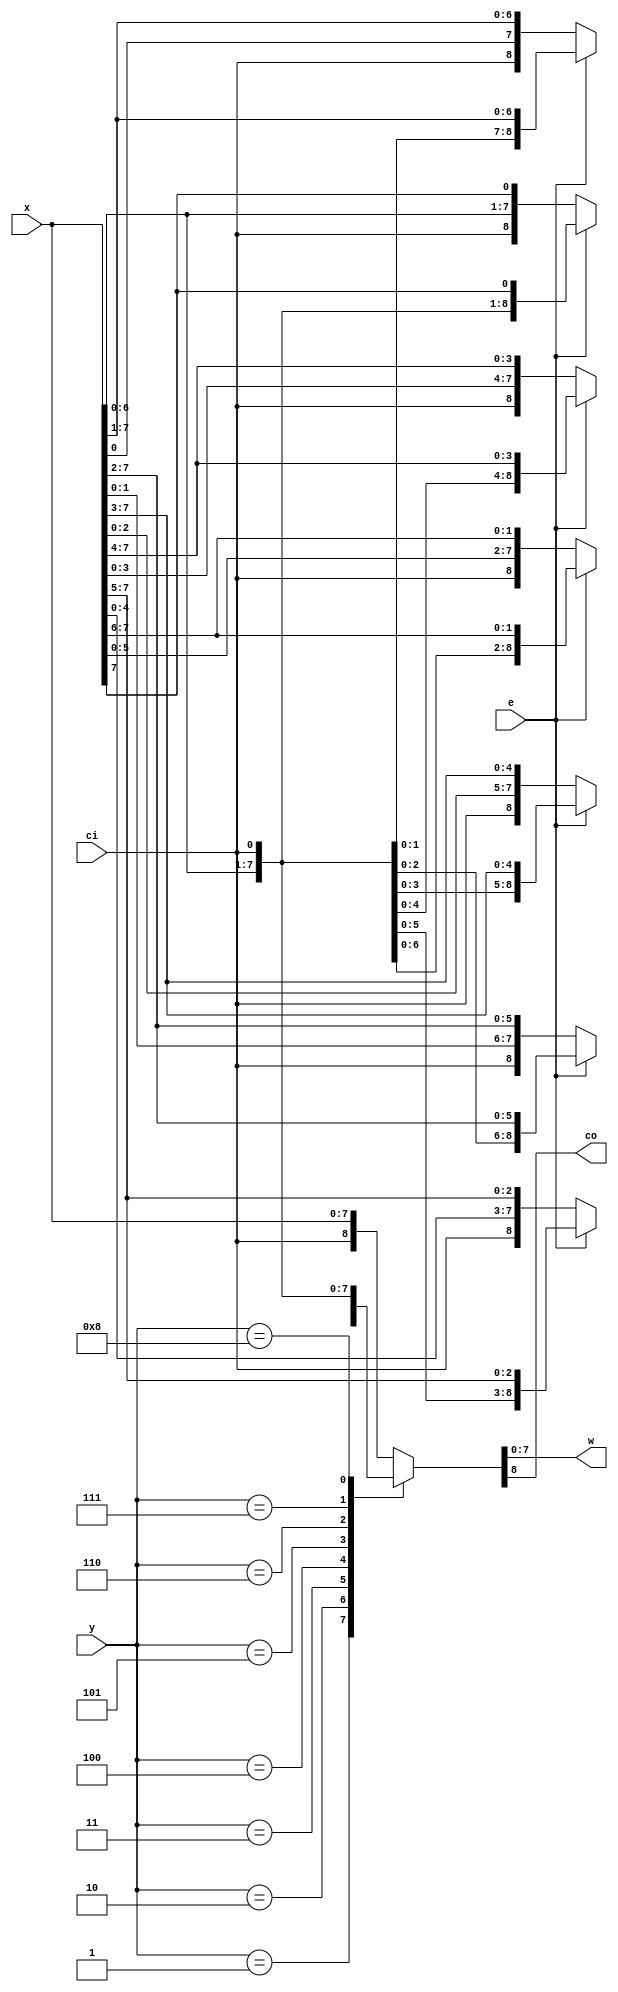
module zet_rxr8 (
    input      [7:0] x,
    input            ci,
    input      [3:0] y,
    input            e,
    output reg [7:0] w,
    output reg       co
  );
  always @(x or ci or y or e)
    case (y)
      default: {co,w} <= {ci,x};
      5'd01: {co,w} <= e ? {x[0], ci, x[7:1]} : {ci, x[0], x[7:1]};
      5'd02: {co,w} <= e ? {x[1:0], ci, x[7:2]} : {ci, x[1:0], x[7:2]};
      5'd03: {co,w} <= e ? {x[2:0], ci, x[7:3]} : {ci, x[2:0], x[7:3]};
      5'd04: {co,w} <= e ? {x[3:0], ci, x[7:4]} : {ci, x[3:0], x[7:4]};
      5'd05: {co,w} <= e ? {x[4:0], ci, x[7:5]} : {ci, x[4:0], x[7:5]};
      5'd06: {co,w} <= e ? {x[5:0], ci, x[7:6]} : {ci, x[5:0], x[7:6]};
      5'd07: {co,w} <= e ? {x[6:0], ci, x[7]} : {ci, x[6:0], x[7]};
      5'd08: {co,w} <= {x,ci};
    endcase
endmodule